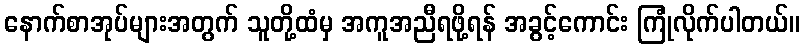
နောက်စာအုပ်များအတွက် သူတို့ထံမှ အကူအညီရဖို့ရန် အခွင့်ကောင်း ကြုံလိုက်ပါတယ်။